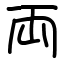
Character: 両